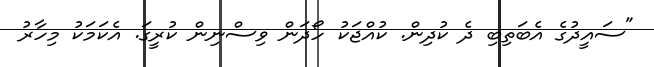
"ސައީދުގެ އެބަތިބި ދެ ކުދިން. ކުއްޖަކު ހޯދަން ވިސްނިން ކުރީގަ. އެކަމަކު މިހާރު